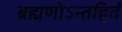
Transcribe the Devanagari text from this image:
ब्रह्मणोऽन्तहिर्तं